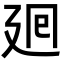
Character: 𢌞